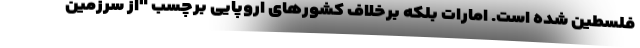
فلسطین شده است. امارات بلکه برخلاف کشورهای اروپایی برچسب "از سرزمین